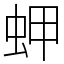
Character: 䖬